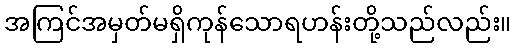
အကြင်အမှတ်မရှိကုန်သောရဟန်းတို့သည်လည်း။